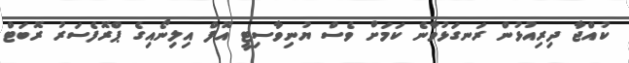
ކުއްޖާ ދިރިއުޅުން ރަނގަޅުވާނެ ކަމަށް ވެސް ޔުނިވާސިޓީ އޮފް އިލިނޯއިގެ ޕްރޮފެސަރު ރޮބަޓް